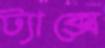
ট্যাক্সে